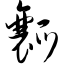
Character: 瓤